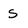
Character: S